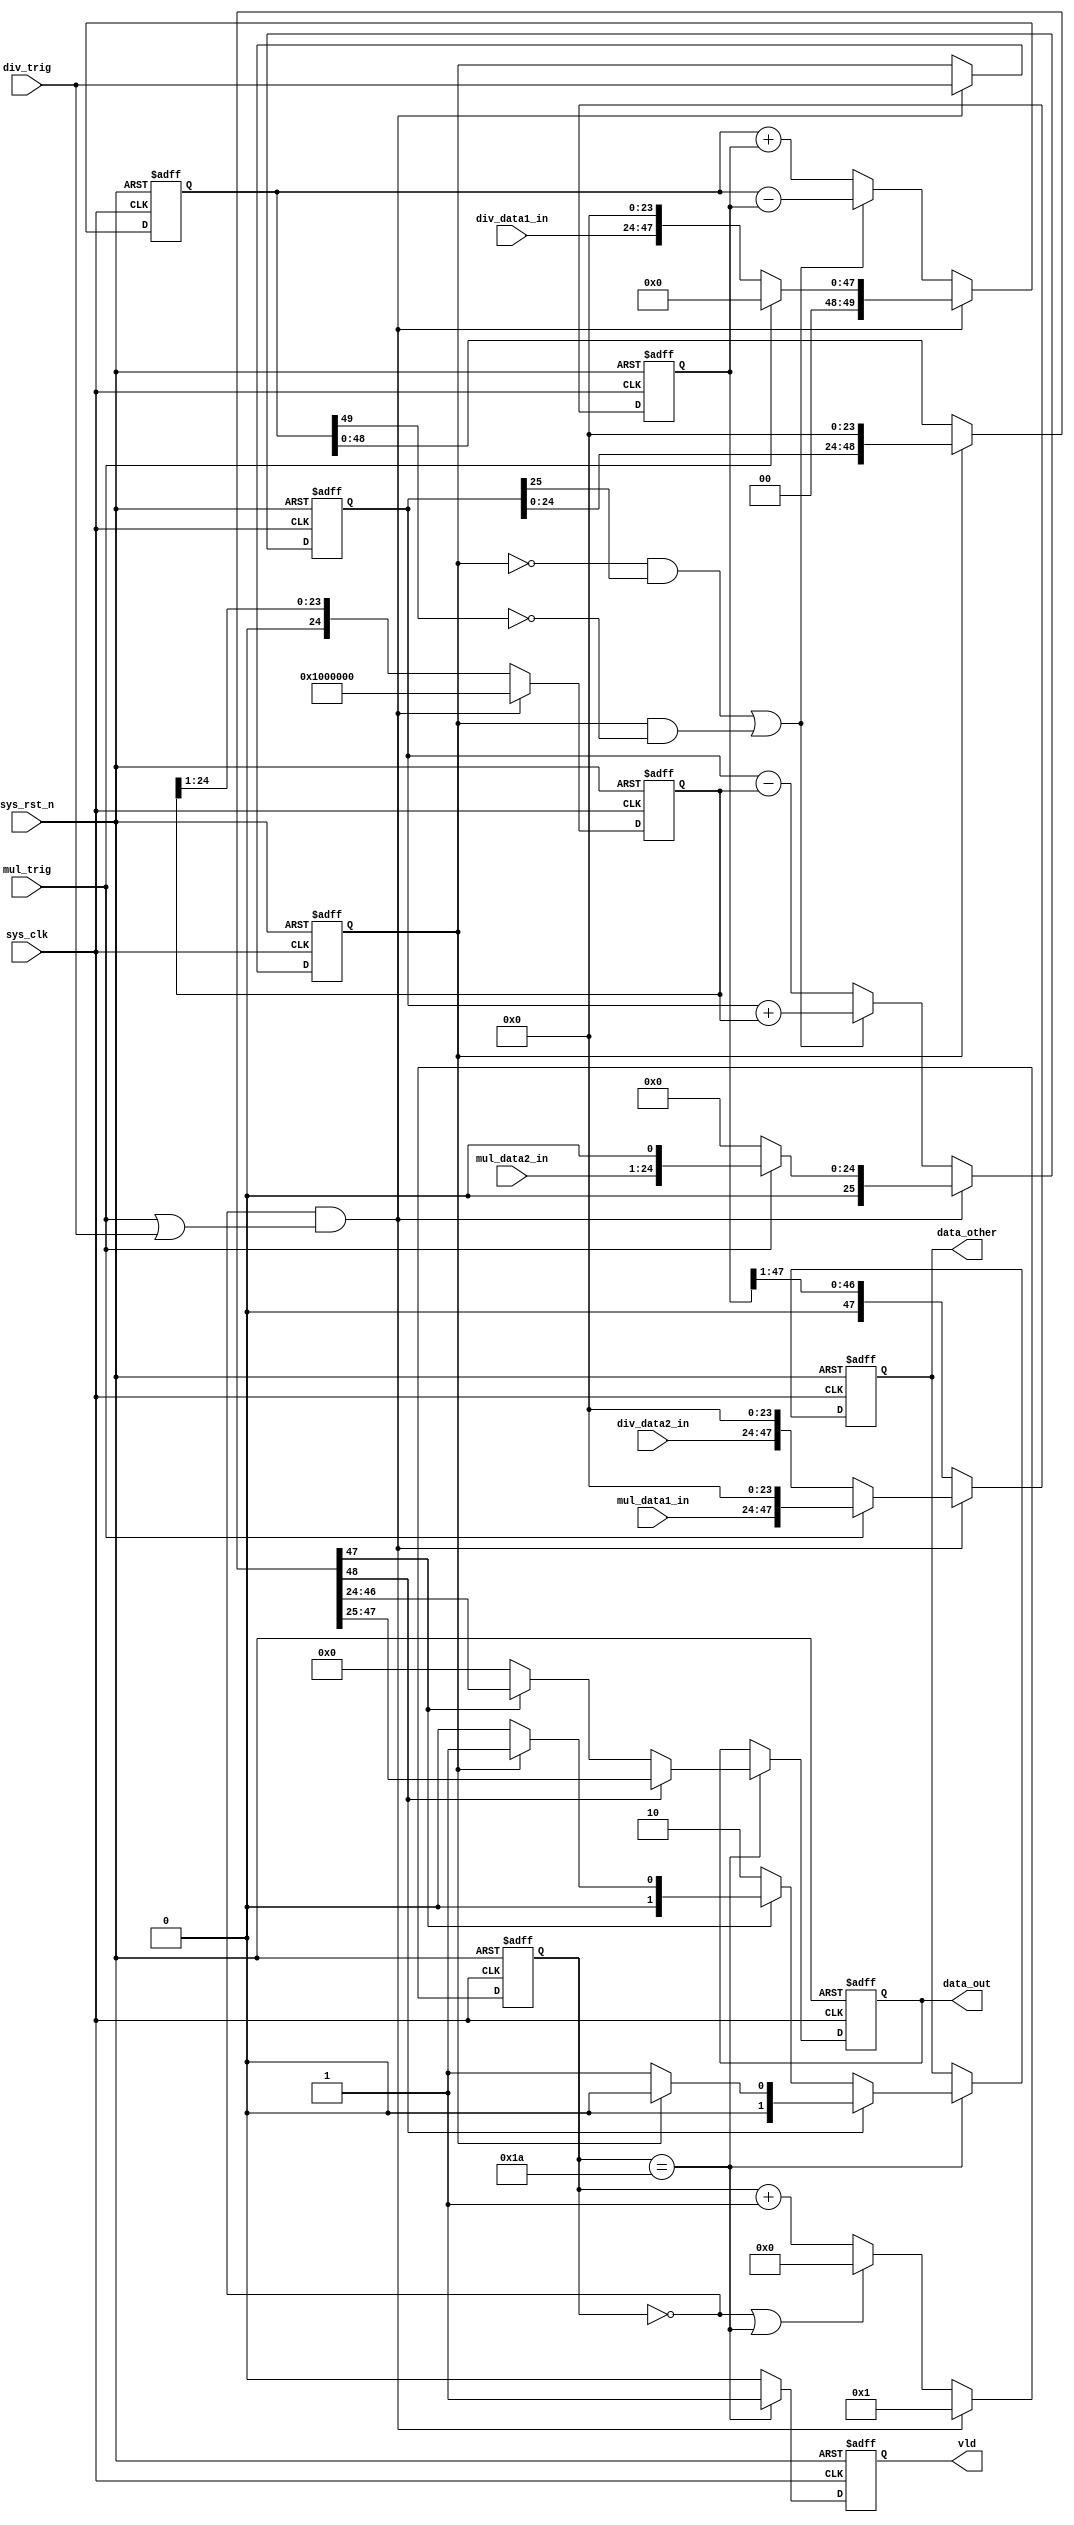
module CordicUnit(
    // system signal
    input                                   sys_clk         ,
    input                                   sys_rst_n       ,
    // data flow
    input                       [23:0]      mul_data1_in    ,
    input                       [23:0]      mul_data2_in    ,
    input                       [23:0]      div_data1_in    ,
    input                       [23:0]      div_data2_in    ,
    output      reg             [22:0]      data_out        , 
    output      reg             [1:0]       data_other      ,   // data_other[0]: exp_flag   data_other[1]: zero_flag
    // control
    input                                   mul_trig        , 
    input                                   div_trig        , 
    output      reg                         vld             
);

reg                 [4:0]       cnt     ;
reg                             op      ;

reg                 [47:0]      x_data  ;
reg     signed      [49:0]      y_data  ;
reg     signed      [25:0]      z_data  ;

reg                 [24:0]      tmp     ;
wire                [48:0]      res     ;


always@(posedge sys_clk or negedge sys_rst_n) begin
    if(~sys_rst_n) begin
        cnt <=  5'd0; 
    end
    else if(cnt == 5'd0 && (mul_trig || div_trig)) begin
        cnt <=  5'd1; 
    end
    else if(cnt == 5'd0 || cnt == 5'd26) begin
        cnt <=  5'd0; 
    end
    else begin
        cnt <=  cnt + 1; 
    end
end

///////////////////////////////////////////////////////////
// step1. Cordic iterative compute
///////////////////////////////////////////////////////////

always@(posedge sys_clk or negedge sys_rst_n) begin
    if(~sys_rst_n) begin
        op      <=  1'b0;
        tmp     <=  25'b0;
        x_data  <=  48'b0;
        y_data  <=  50'b0;
        z_data  <=  26'b0;
    end
    else if(cnt == 5'd0 && (mul_trig || div_trig)) begin
        op      <=  div_trig;
        tmp     <=  {1'd1, 24'd0};
        x_data  <=  (mul_trig) ?    {mul_data1_in, 24'd0}       :   {div_data2_in, 24'd0}; 
        y_data  <=  (mul_trig) ?    50'd0                       :   {2'd0, div_data1_in, 24'd0};
        z_data  <=  (mul_trig) ?    {1'd0, mul_data2_in, 1'd0}  :   26'd0; 
    end
    else begin
        op      <=  op;
        tmp     <=  {1'b0, tmp[24:1]};
        x_data  <=  {1'b0, x_data[47:1]};   
        if( ((~op) & z_data[25]) || (op & (~y_data[49])) ) begin
            y_data  <=  y_data - x_data;
            z_data  <=  z_data + tmp;
        end
        else begin
            y_data  <=  y_data + x_data;
            z_data  <=  z_data - tmp;
        end
    end
end

///////////////////////////////////////////////////////////
// step2. truncation
///////////////////////////////////////////////////////////

assign res = (op) ? {z_data[24:0],24'd0} : y_data[48:0];

always@(posedge sys_clk or negedge sys_rst_n) begin
    if(~sys_rst_n) begin
        data_out    <=  23'd0;
        data_other  <=  2'd0;
    end
    else if(cnt == 5'd26) begin
        if(res[48]) begin
            data_out    <=  res[47:25];
            data_other  <=  (op)? 2'b00 : 2'b01;
        end 
        else if(res[47]) begin
            data_out    <=  res[46:24];
            data_other  <=  (op)? 2'b01 : 2'b00;
        end
        else begin
            data_out    <=  23'd0;
            data_other  <=  2'b10;
        end
    end
    else begin
        data_out    <=  data_out;
        data_other  <=  data_other;
    end
end

always@(posedge sys_clk or negedge sys_rst_n) begin
    if(~sys_rst_n) begin
        vld <=  1'b0;
    end
    else if(cnt == 5'd26) begin
        vld <=  1'b1;
    end
    else begin
        vld <=  1'b0; 
    end
end

endmodule